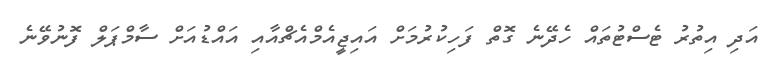
އަދި އިތުރު ޓެސްޓުތައް ހެދޭނެ ގޮތް ފަހިކުރުމަށް އައިޖީއެމްއެޗްއާއި އައްޑުއަށް ސާމްޕަލް ފޮނުވޭނެ